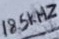
Text: 18.5kHz